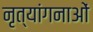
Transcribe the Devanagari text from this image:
नृत्‍यांगनाओं